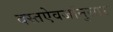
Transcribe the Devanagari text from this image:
दस्तऐवजांनुसार